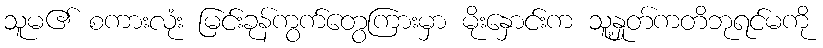
သူမ၏ စကားလုံး မြင်းခုန်ကွက်တွေကြားမှာ မိုးနှောင်းက သူ့နှုတ်ကတိဘုရင်မကို